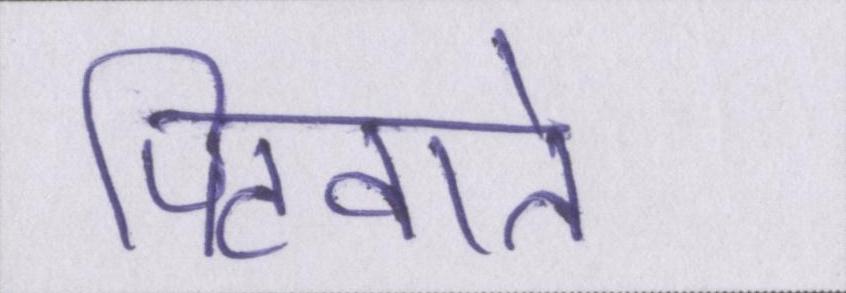
पिटवाते